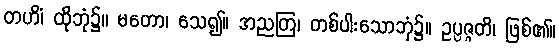
တဟိံ၊ ထိုဘုံ၌။ မတော၊ သေ၍။ အညတြ၊ တစ်ပါးသောဘုံ၌။ ဥပ္ပဇ္ဇတိ၊ ဖြစ်၏။